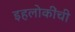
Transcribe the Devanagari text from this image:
इहलोकींची